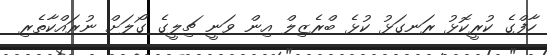
ހާފްގެ ކުރީކޮޅު ރަނގަޅު ކުޅެ ބްރެޒިލް އިން ވަނީ ޗިލީގެ ގޯލަށް ނުރައްކާތެރި